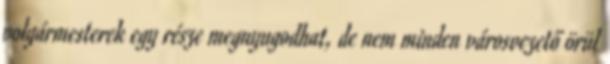
polgármesterek egy része megnyugodhat, de nem minden városvezető örül